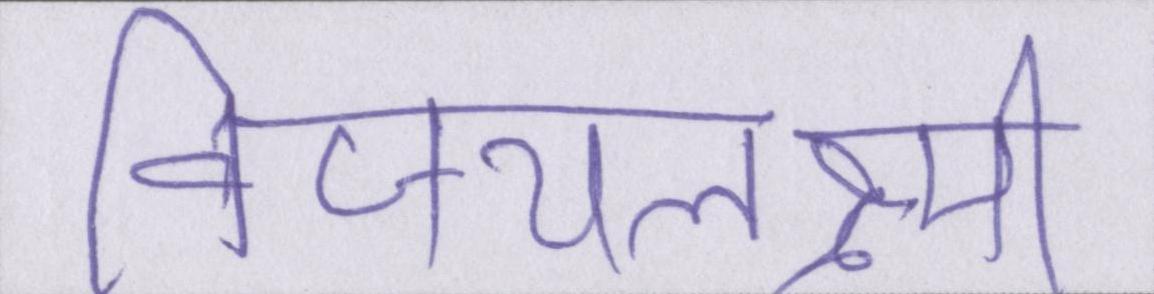
विजयलक्ष्मी